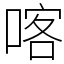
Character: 喀